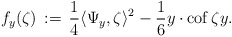
\begin{align*}f_y(\zeta) \,:=\, \frac{1}{4}\langle \Psi_y,\zeta\rangle^2-\frac{1}{6}y \cdot {\rm cof}\,\zeta y.\end{align*}